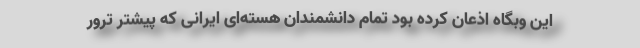
این وبگاه اذعان کرده بود تمام دانشمندان هسته‌ای ایرانی که پیشتر ترور